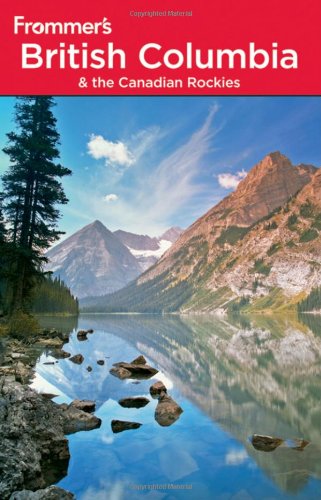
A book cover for Frommer's British Columbia and the Canadian Rockies (Sixth Edition); Bill McRae; Travel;